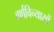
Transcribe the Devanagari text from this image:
वर्णविन्यासों